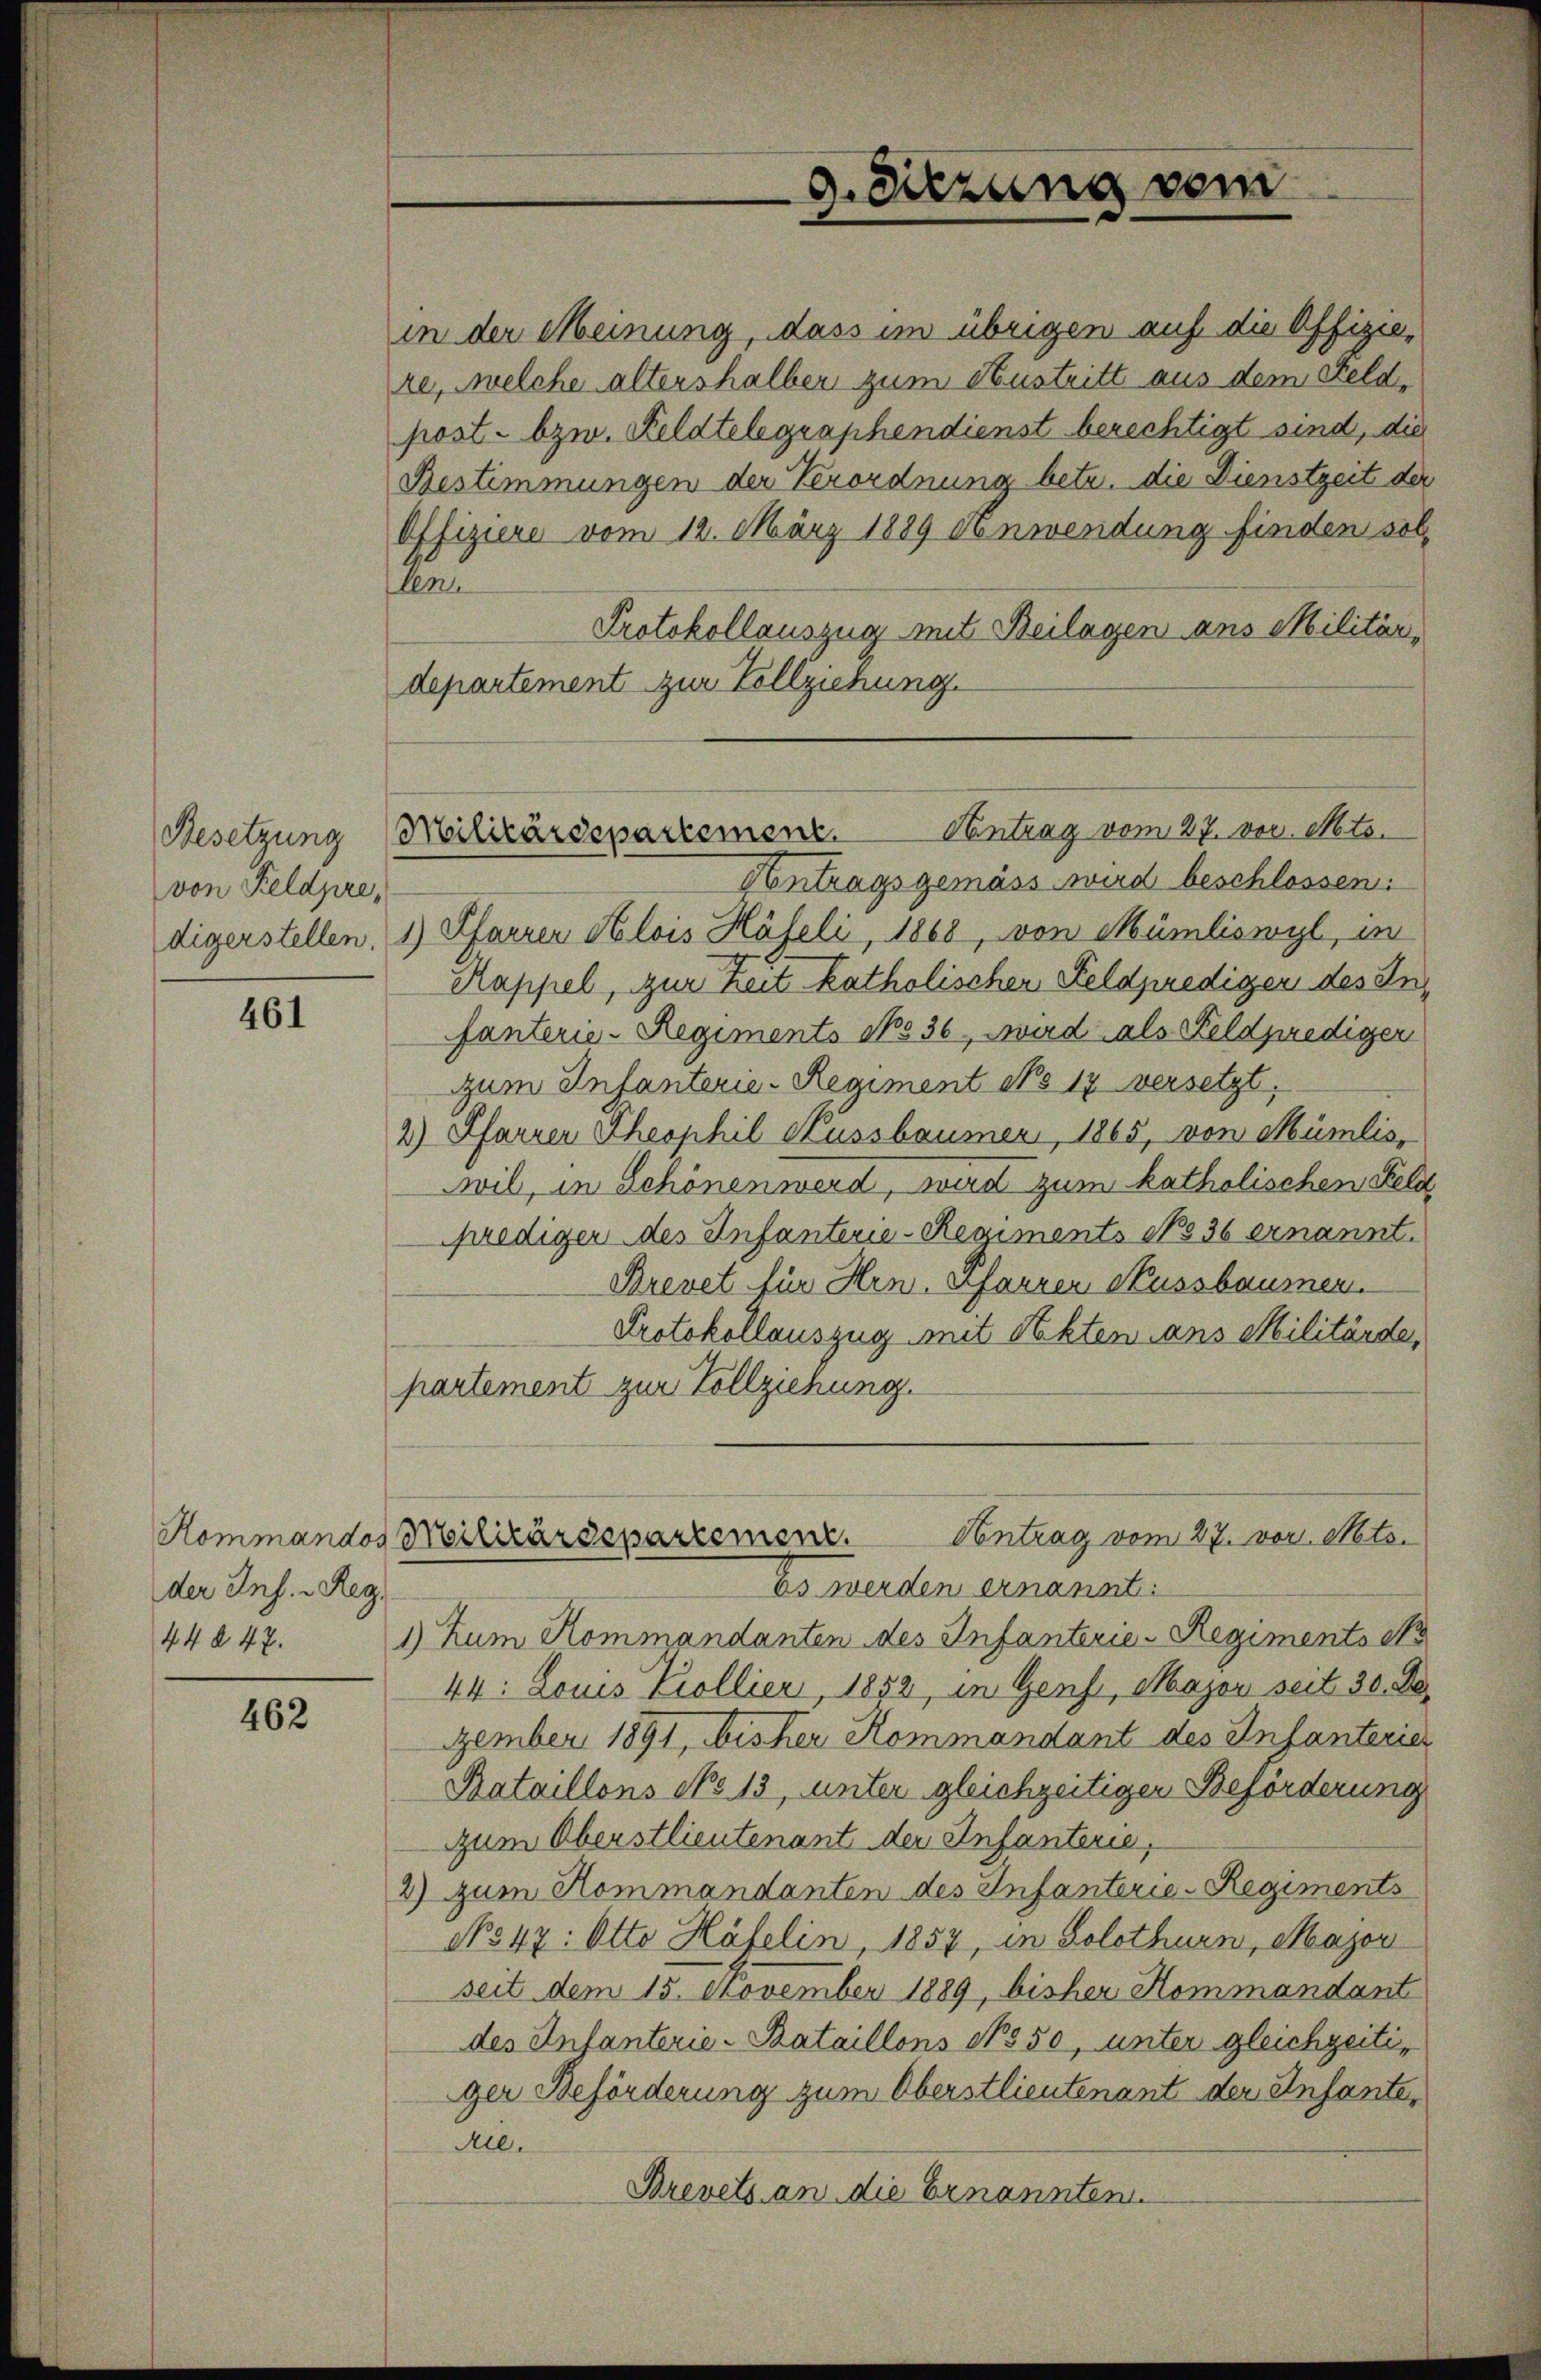
von Feldpre,

461

der Inf. - Reg
44 § 47.

462

9. Sitzung vom

Besetzung Milizärdepartemenz. Antrag vom 27. vor. Mts.

post. bzw. Feldtelegraphendienst berechtigt sind, die
Bestimmungen der Verordnung betr. die Dienstzeit der
Offiziere vom 12. März 1889 denwendung finden sollen
Protokollauszug mit Beilagen ans Militär,
departement zur Vollziehung.
Antragsgemäss wird beschlossen:
digerstellen, 1) Pfarrer Alois Häfeli, 1868, von Mümliswyl, in
Rappel, zur Zeit katholischer Feldprediger des Infanterie-Regiments No 36 wird als Feldpredigen
zum Infanterie-Regiment No 17 versetzt.
2) Pfarrer Theophil Kussbaumer, 1865, von Mümlis,
Wil, in Schönen werd, wird zum katholischen Feld
prediger des Infanterie-Regiments No 36 ernannt.
Brevet für Hrn. Pfarrer Nussbaumnen.
Protokollauszug mit Nekten dans Militärde,
partement zur Vollziehung.

in der Meinung, dass im übrigen auf die Offiziere, welche altershalber zum Austritt aus dem Feld¬

Antrag vom 27. vor. Mts.
Hommandos Militärdepartement.

Es werden ernannt:
1) zum Kommandanten des Infanterien Regiments co
44: Louis Kollier, 1852, in Genf, Major seit 30. De
ember 1891, bisher Kommandant des Infanterier
Rataillons No 13, unter gleichzeitiger Beförderung
zum Oberstlieutenant der Infanterie,
2) zum Kommandanten des Infanterie-Regiments
No 47: Otto Häfelin, 1857, in Solothurn, Major
seit dem 15. November 1889, bisher Hommandant
des Infanterie-Bataillons No 50, unter gleichzeitiger Beförderung zum Oberstlieutenant der Infante¬
Al.
Brevets an die Ernannten